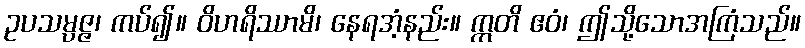
ဥပသမ္ပဇ္ဇ၊ ကပ်၍။ ဝိဟရိဿာမိ၊ နေရအံ့နည်း။ ဣတိ ဧဝံ၊ ဤသို့သောအကြံသည်။